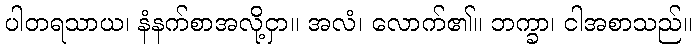
ပါတရသာယ၊ နံနက်စာအလို့ငှာ။ အလံ၊ လောက်၏။ ဘက္ခာ၊ ငါအစာသည်။